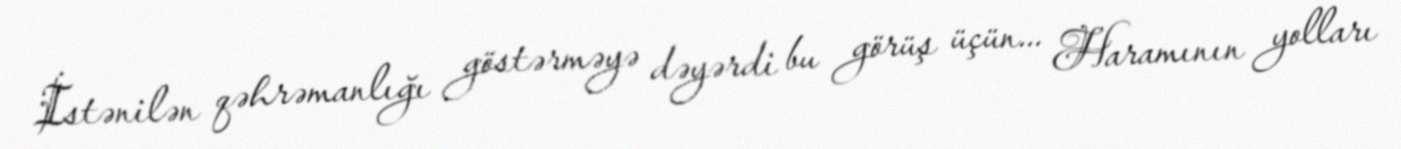
İstənilən qəhrəmanlığı göstərməyə dəyərdi bu görüş üçün... Haramının yolları